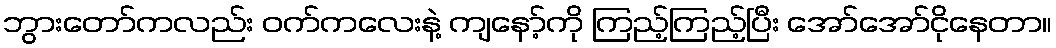
ဘွားတော်ကလည်း ဝက်ကလေးနဲ့ ကျနော့်ကို ကြည့်ကြည့်ပြီး အော်အော်ငိုနေတာ။